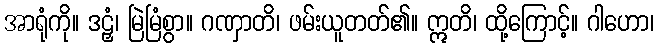
အာရုံကို။ ဒဠှံ၊ မြဲမြံစွာ။ ဂဏှာတိ၊ ဖမ်းယူတတ်၏။ ဣတိ၊ ထို့ကြောင့်။ ဂါဟော၊